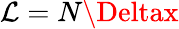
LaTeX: \mathcal{L}=N\Deltax